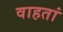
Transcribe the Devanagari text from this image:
वाहतां